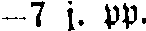
-7 j. pp.